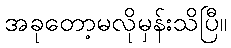
အခုတော့မလိုမှန်းသိပြီ။